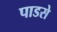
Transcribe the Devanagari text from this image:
पाडसे